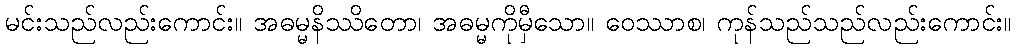
မင်းသည်လည်းကောင်း။ အဓမ္မနိဿိတော၊ အဓမ္မကိုမှီသော။ ဝေဿာစ၊ ကုန်သည်သည်လည်းကောင်း။